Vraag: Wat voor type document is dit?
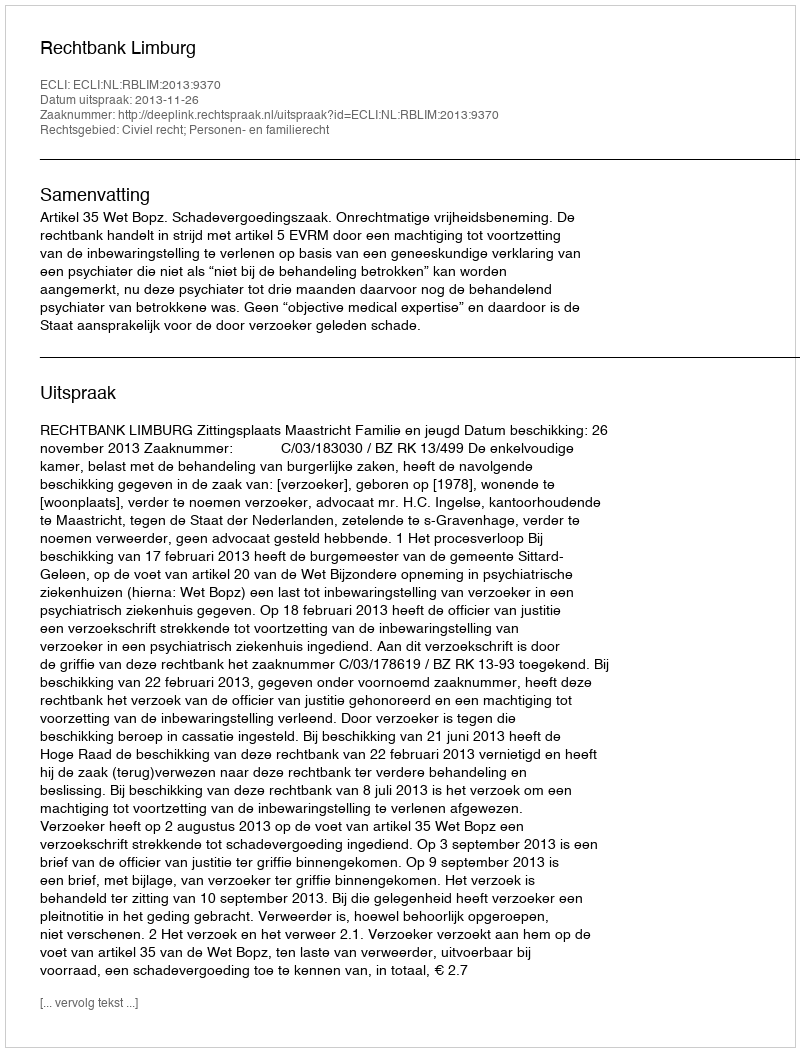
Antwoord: Uitspraak